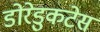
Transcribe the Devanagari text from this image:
डोरेडुकटेस